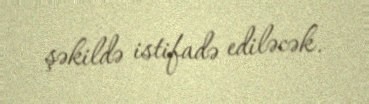
şəkildə istifadə ediləcək.